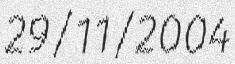
29/11/2004